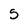
Character: 5